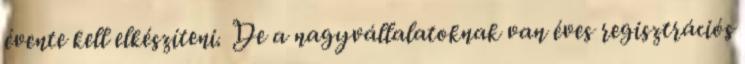
évente kell elkészíteni. De a nagyvállalatoknak van éves regisztrációs